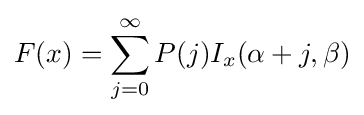
F(x)=\sum _{j=0}^{\infty }P(j)I_{x}(\alpha +j,\beta )